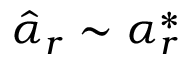
\hat { \alpha } _ { r } \sim \alpha _ { r } ^ { * }